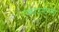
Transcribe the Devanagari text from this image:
एकाउन्टैन्सी